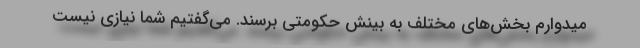
میدوارم بخش‌های مختلف به بینش حکومتی برسند. ‌می‌گفتیم شما نیازی نیست